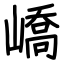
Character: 嶠